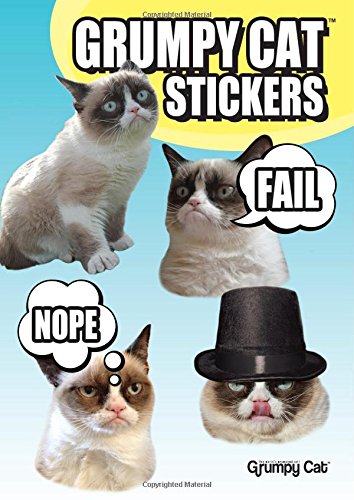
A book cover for Grumpy Cat Stickers; Grumpy Cat; Crafts, Hobbies & Home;